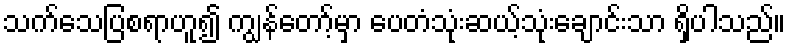
သက်သေပြစရာဟူ၍ ကျွန်တော့်မှာ ပေတံသုံးဆယ့်သုံးချောင်းသာ ရှိပါသည်။